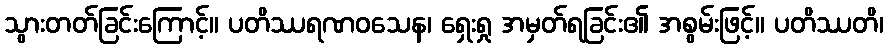
သွားတတ်ခြင်းကြောင့်။ ပတိဿရဏဝသေန၊ ရှေးရှု အမှတ်ရခြင်း၏ အစွမ်းဖြင့်။ ပတိဿတိ၊